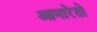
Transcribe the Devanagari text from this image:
आमारेतो